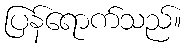
ပြန်ရောက်သည်။